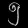
Digit: ၅